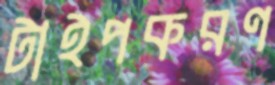
টাইপকরণ